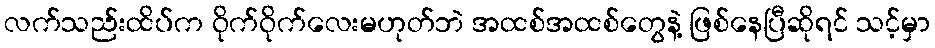
လက်သည်းထိပ်က ဝိုက်ဝိုက်လေးမဟုတ်ဘဲ အထစ်အထစ်တွေနဲ့ ဖြစ်နေပြီဆိုရင် သင့်မှာ